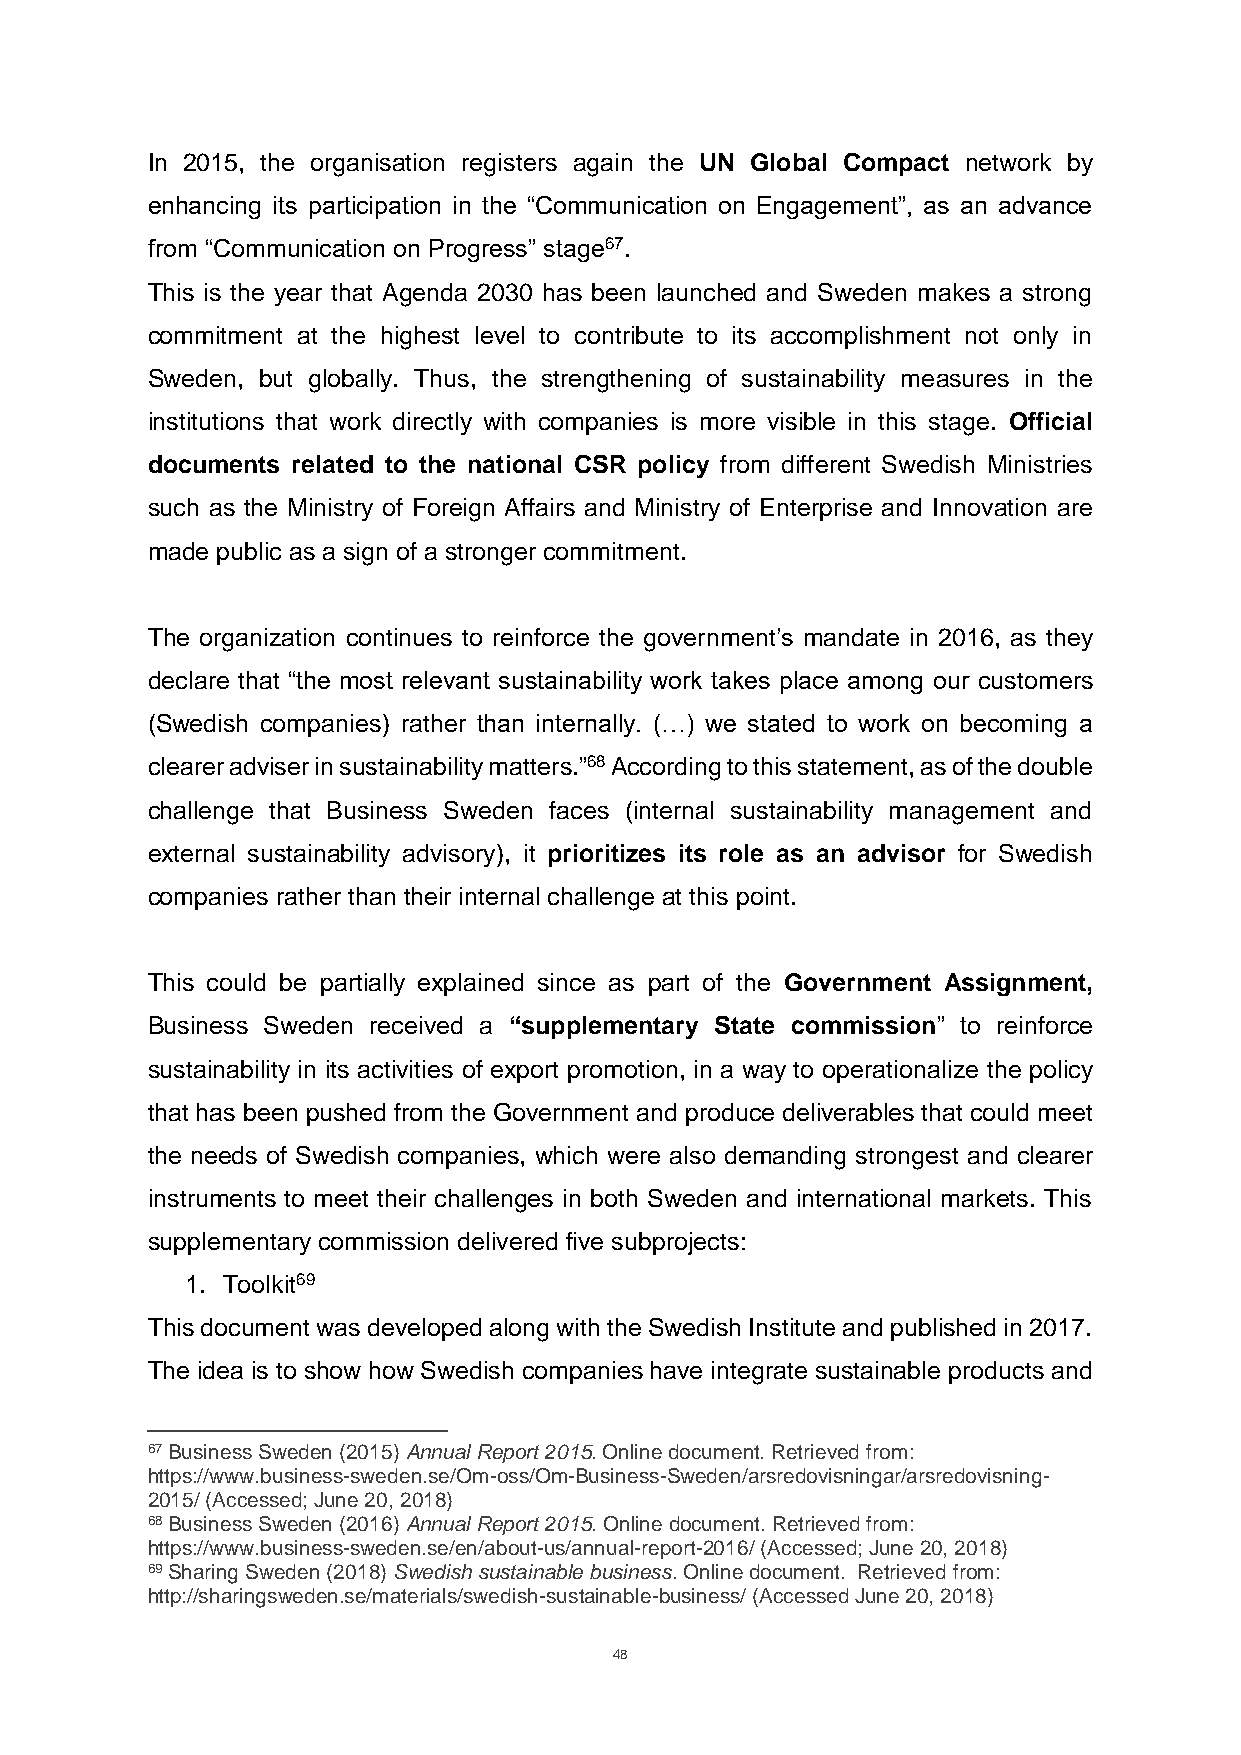
In 2015, the organisation registers again the UN Global Compact network by
 enhancing its participation in the “Communication on Engagement”, as an advance
 from “Communication on Progress” stage67.
 This is the year that Agenda 2030 has been launched and Sweden makes a strong
 commitment at the highest level to contribute to its accomplishment not only in
 Sweden, but globally. Thus, the strengthening of sustainability measures in the
 institutions that work directly with companies is more visible in this stage. Official
 documents related to the national CSR policy from different Swedish Ministries
 such as the Ministry of Foreign Affairs and Ministry of Enterprise and Innovation are
 made public as a sign of a stronger commitment.
 The organization continues to reinforce the government’s mandate in 2016, as they
 declare that “the most relevant sustainability work takes place among our customers
 (Swedish companies) rather than internally. (…) we stated to work on becoming a
 clearer adviser in sustainability matters.”68 According to this statement, as of the double
 challenge that Business Sweden faces (internal sustainability management and
 external sustainability advisory), it prioritizes its role as an advisor for Swedish
 companies rather than their internal challenge at this point.
 This could be partially explained since as part of the Government Assignment,
 Business Sweden received a “supplementary State commission” to reinforce
 sustainability in its activities of export promotion, in a way to operationalize the policy
 that has been pushed from the Government and produce deliverables that could meet
 the needs of Swedish companies, which were also demanding strongest and clearer
 instruments to meet their challenges in both Sweden and international markets. This
 supplementary commission delivered five subprojects:
 1. Toolkit69
 This document was developed along with the Swedish Institute and published in 2017.
 The idea is to show how Swedish companies have integrate sustainable products and
 67 Business Sweden (2015) Annual Report 2015. Online document. Retrieved from:
 https://www.business-sweden.se/Om-oss/Om-Business-Sweden/arsredovisningar/arsredovisning-
 2015/ (Accessed; June 20, 2018)
 68 Business Sweden (2016) Annual Report 2015. Online document. Retrieved from:
 https://www.business-sweden.se/en/about-us/annual-report-2016/ (Accessed; June 20, 2018)
 69 Sharing Sweden (2018) Swedish sustainable business. Online document. Retrieved from:
 http://sharingsweden.se/materials/swedish-sustainable-business/ (Accessed June 20, 2018)
 48